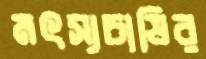
মৎস্যচাষির